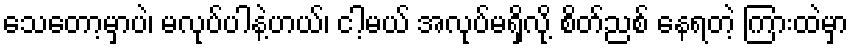
သေတော့မှာပဲ၊ မလုပ်ပါနဲ့ဟယ်၊ ငါ့မယ် အလုပ်မရှိလို့ စိတ်ညစ် နေရတဲ့ ကြားထဲမှာ